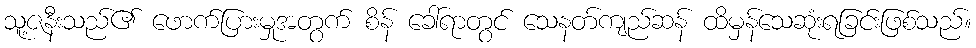
သူ့ဇနီးသည်၏ ဖောက်ပြားမှုအတွက် စိန် ခေါ်ရာတွင် သေနတ်ကျည်ဆန် ထိမှန်သေဆုံးရခြင်းဖြစ်သည်။